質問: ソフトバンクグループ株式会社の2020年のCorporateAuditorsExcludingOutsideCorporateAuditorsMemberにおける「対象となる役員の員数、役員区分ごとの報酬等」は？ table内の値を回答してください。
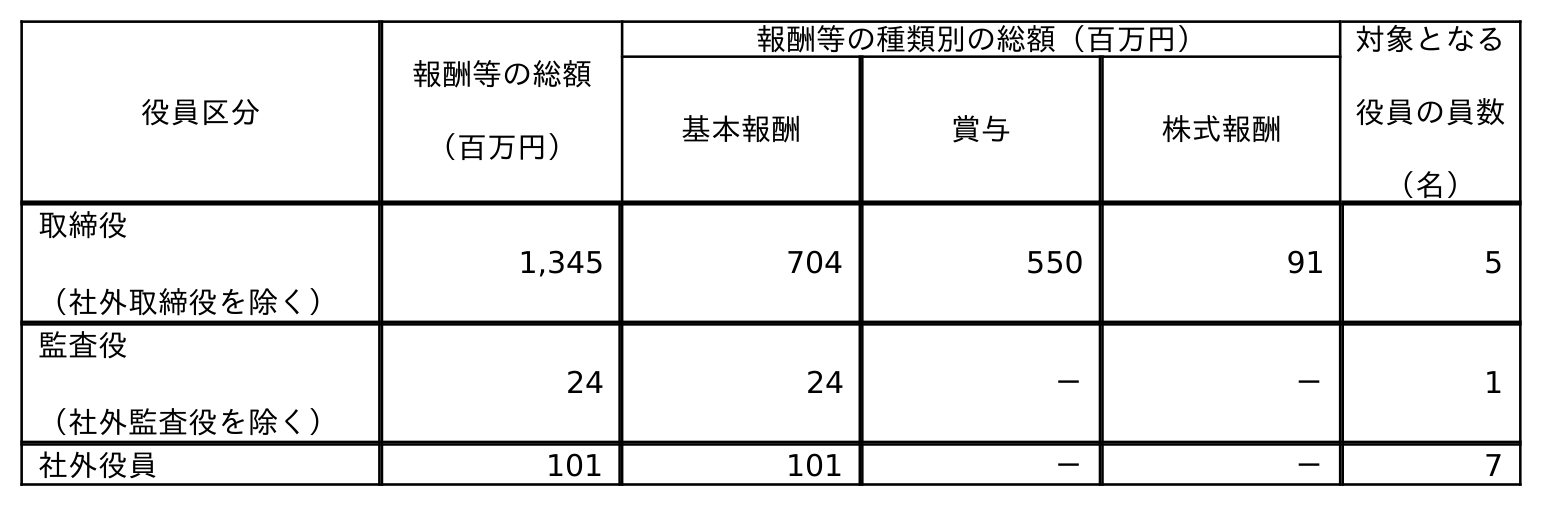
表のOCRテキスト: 役員区分 報酬等の総額 （百万円） 報酬等の種類別の総額（百万円） 対象となる 役員の員数 （名） 基本報酬 賞与 株式報酬 取締役 （社外取締役を除く） 1,345 704 550 91 5 監査役 （社外監査役を除く） 24 24 － － 1 社外役員 101 101 － － 7
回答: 1